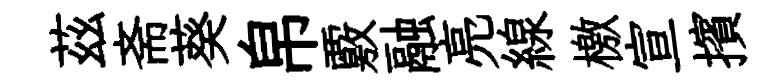
茲斋葵帛覈融亮線檄宣擯